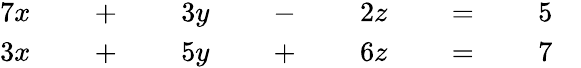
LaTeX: {\begin{array}{rlrlrlrlrlrlrl}{{7}x}&{}&{\; +\; }&{}&{3y}&{}&{\; -\; }&{}&{2z}&{}&{\; =\; }&{}&{5}&{}\\ {3x}&{}&{\; +\; }&{}&{5y}&{}&{\; +\; }&{}&{6z}&{}&{\; =\; }&{}&{7}&{}\end{array}}